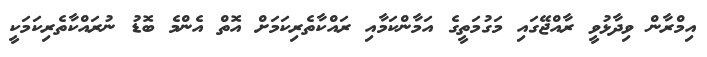
އިމްރާން ވިދާޅުވީ ރާއްޖޭގައި މަގުމަތީގެ އަަމާންކަމާއި ރައްކާތެރިކަމަށް އޮތް އެންމެ ބޮޑު ނުރައްކާތެރިކަަމަކީ